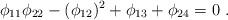
LaTeX: \begin{align*} \phi_{11} \phi_{22} - (\phi_{12})^2 + \phi_{13} + \phi_{24} = 0 \ . \end{align*}